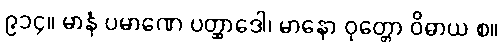
၉၁၄။ မာနံ ပမာဏေ ပတ္ထာဒေါ၊ မာနော ဝုတ္တော ဝိဓာယ စ။